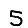
Digit: 5